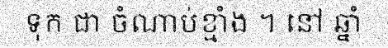
ទុក ជា ចំណាប់ខ្មាំង ។ នៅ ឆ្នាំ